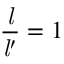
{ \frac { \mathit { l } } { { \mathit { l } } ^ { \prime } } } = 1